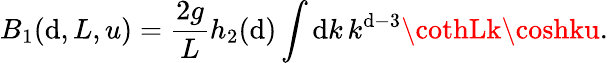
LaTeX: B_{1}(\mathrm{d},L,u)=\frac{{2g}}{{L}}h_{2}(\mathrm{d})\int\mathrm{d}k\, k^{\mathrm{d}-3}\cothLk\coshku.